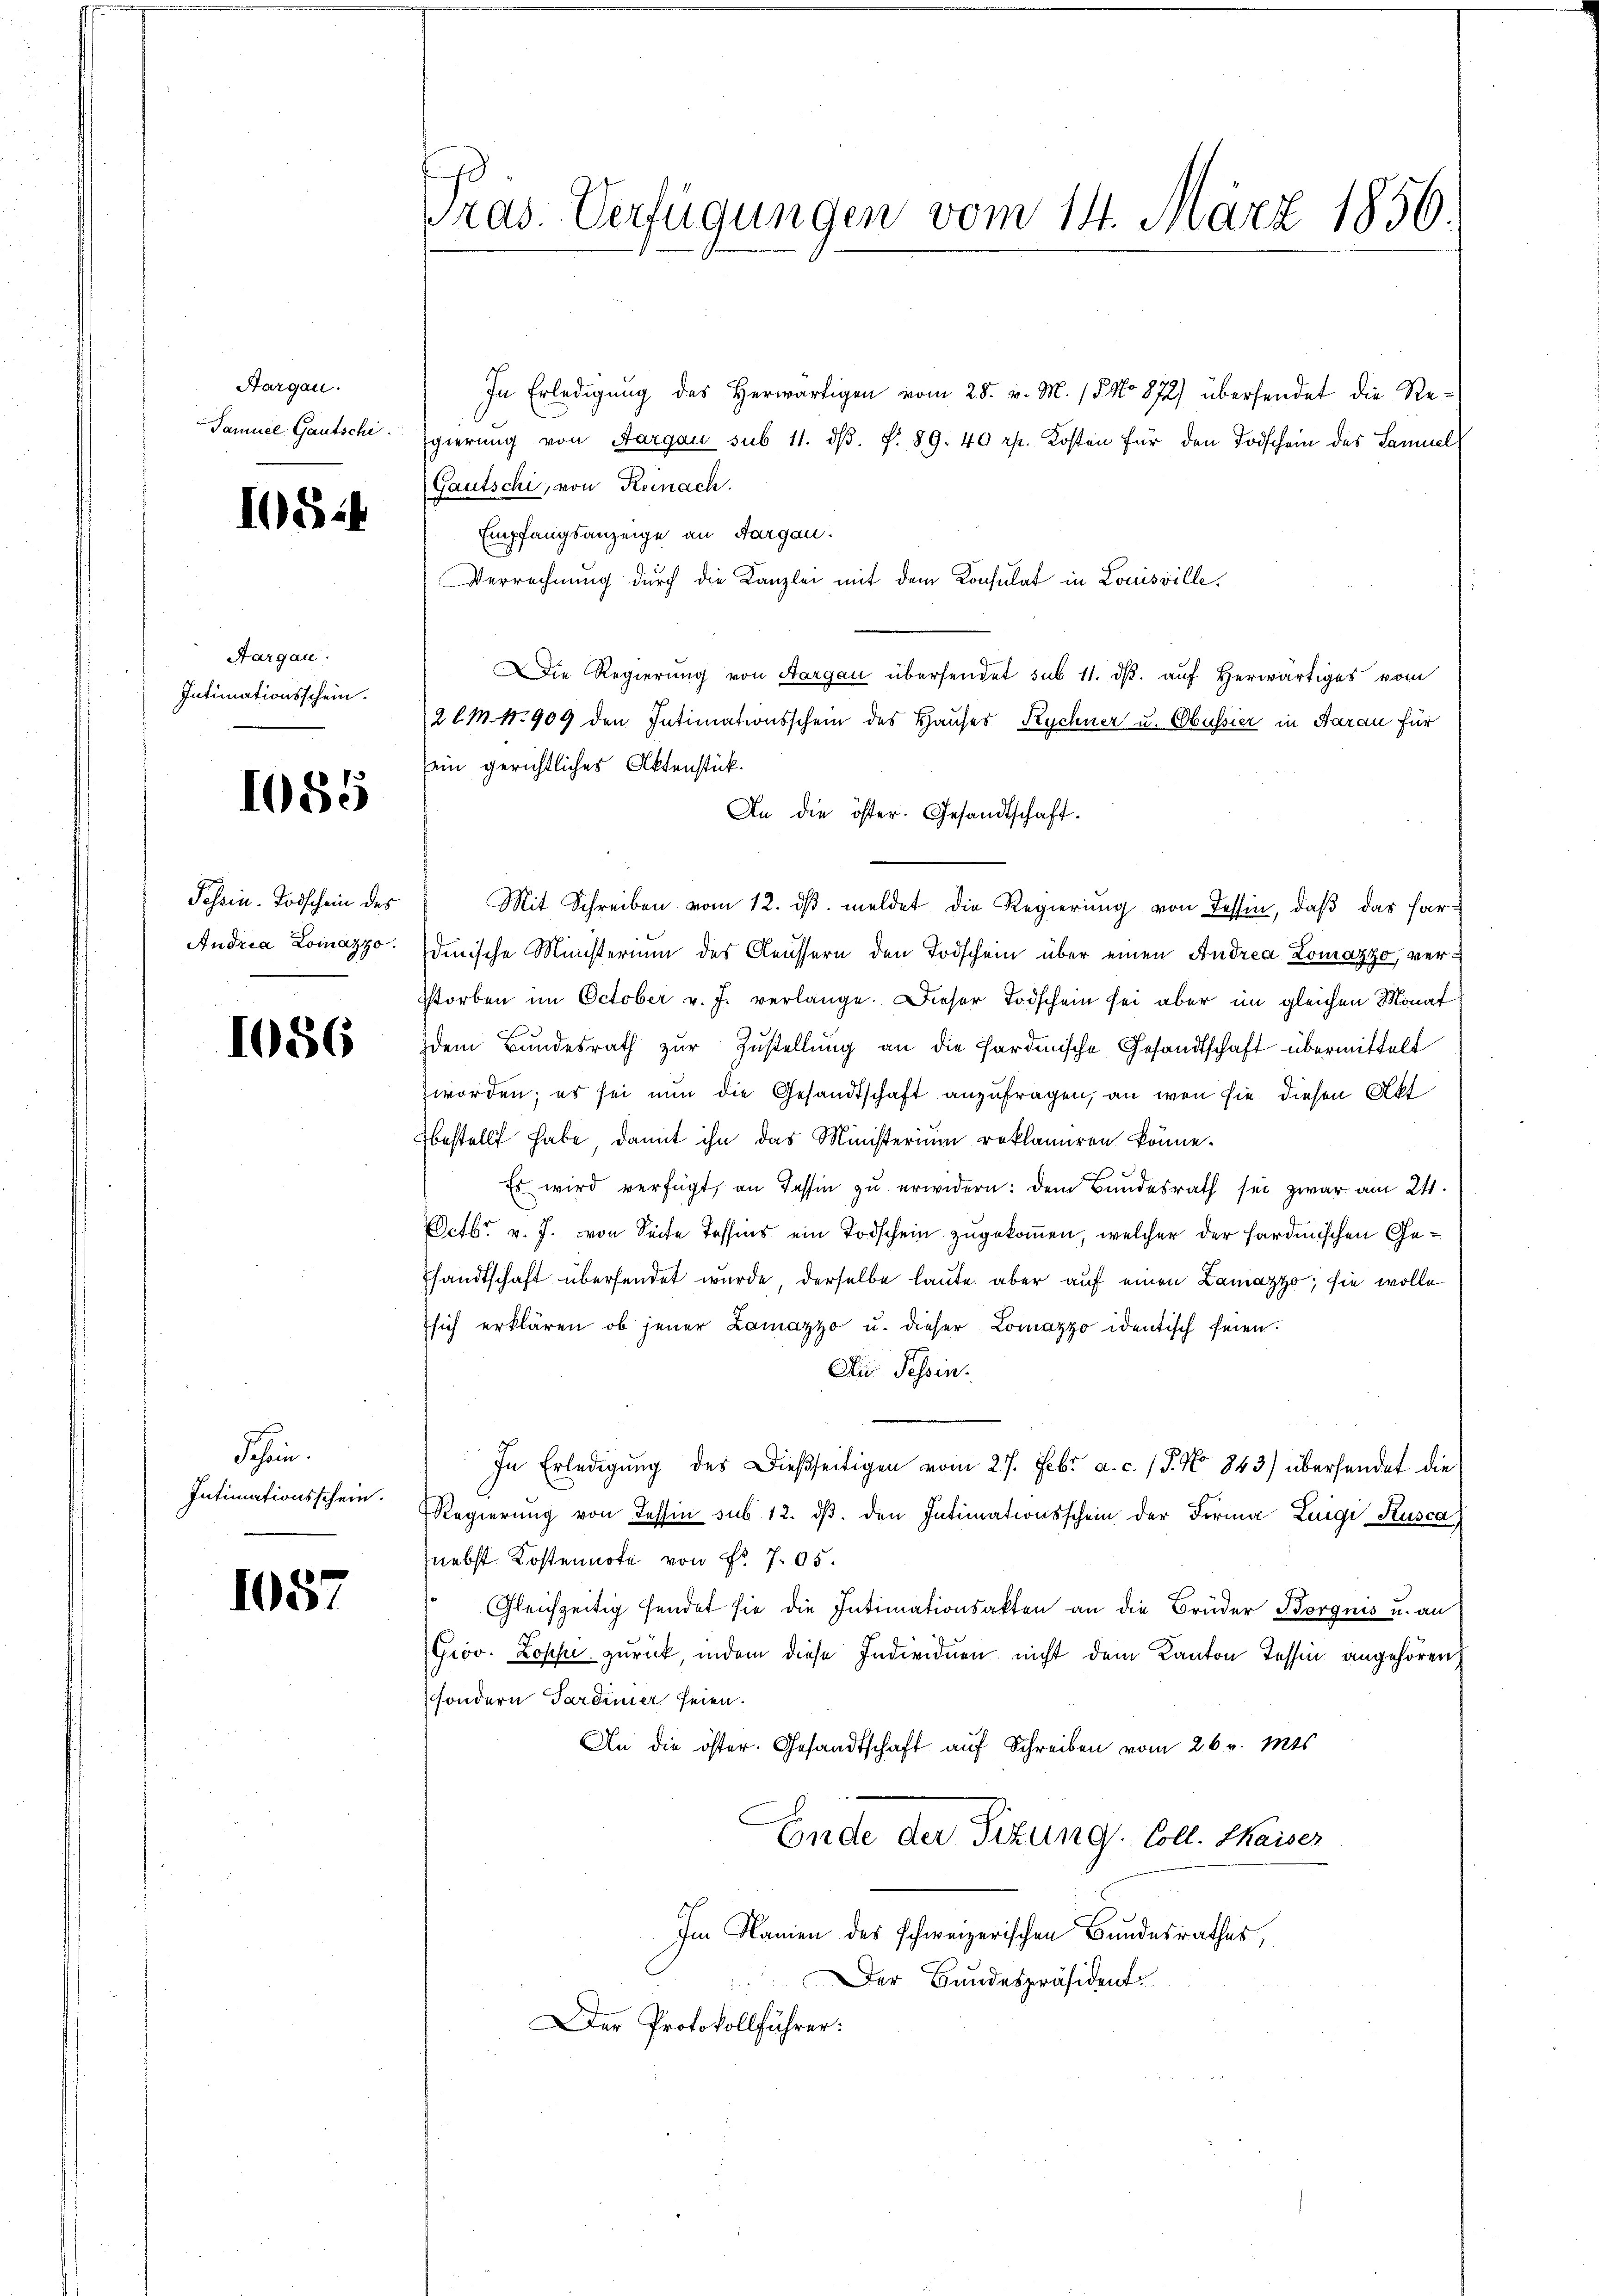
Aargau.
Samuel Gautschi

1054

Aargau.
Intimationsschein.

1085

Tessin-Todschein des
Andria Lomazzo.

1086

Schein.
Intimationsschein.

1087

Pras Verfügungen vom 14. März 1856

In Erledigŭng des herwärtigen vom 28. v. M. 15 No 872) übersendet die Regierung von Aargau sub 11. dβ. §. 89. 40 rp. Kosten für den Todschein des Sammel
Gautschi, von Reinach.
Empfangsanzeige an Aargau.
Verrechnung durch die Kanzlei mit dem Konsulat in Louisville,
Die Regierung von Aargau übersendet sub 11. ds. auf Herwärtiges vom
2 l. M. N. 909 den Intimationsschein des Hauses Rychner u. Cobussier in Aarau für
sein gerichtliches Aktenstück.
An die öster. Gesandtschaft.
Mit Schreiben vom 12. ds. meldet die Regierung von Tessin, daß das Fardenische Ministerium des Aeussern den Todschein über einen Andrea Lomazzo, verstorben im October v. J. verlange. Dieser Todschein sei aber im gleichen Monat
dem Bundesrath zur Zustellung an die fordenische Gesandtschaft übermittelt
worden; es sei nun die Gesandtschaft anzufragen, an wen sie diesen Akt
bestellt habe, damit ihn das Ministerium reklamiren könne.

Es wird verfügt, an Tessin zu erwidern: dem Bundesrath sei zwar am 24.
Octbr. v. J. von Seite Tessins ein Todschein zugekommen, welcher der sardinischen Gesandtschaft übersendet wurde, derselbe laute aber auf einen Lanazzo, sie wolle
sich erklären, ob jener Lamazzo u. dieser Lomazzo identisch seien.
An Tessin.
In Erledigung des Dießseitigen vom 27. Febr. a. c. (T. No 843) übersendet die
Regierŭng von Tessin sub 12. dβ. den Intimationsschein der Forma Luigi Kusca
nebst Kostennote von Nr. 705.
Gleichzeitig sendet sie die Intimationsakten an die Brüder Borgnis u. an
Grov. Zopf zurück, indem diese Individuen nicht dem Kanton Tessin angehören,
sondern Pareiner seien.
An die öster. Gesandtschaft auf Schreiben vom 26. v. Mts.
Ende der Sizung Coll. Maiser
Im Namen des schweizerischen Bundesrathes,
Der Bundespräsident
Der Protokollführer: